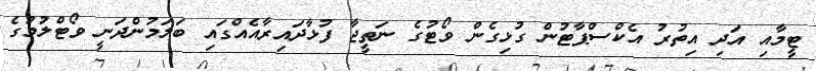
ޓީމާއި އަދި އިތުރު އެކްސްޕާޓުން ގުޅިގެން ވޯޓުގެ ނަތީޖާ ފުޅާދައިރާއެއްގައި ބަލަމުންދަނީ ވޯޓްލުމުގެ